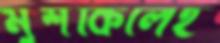
মুশকিলেই